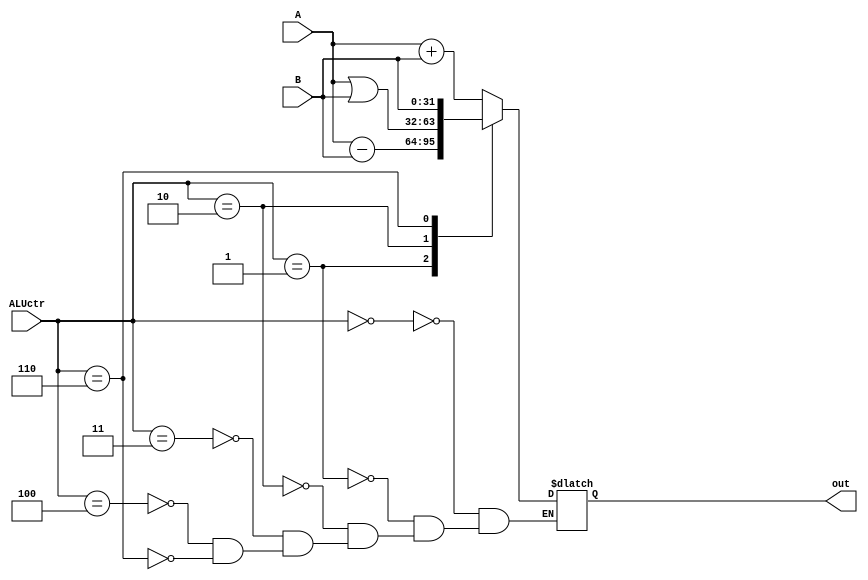
module ALU(input [31:0]A,input [31:0]B,input[2:0] ALUctr,output reg [31:0]out);
parameter ADDU =3'b000;
parameter SUBU =3'b001;
parameter ORI =3'b010;
parameter LOAD =3'b011;
parameter STORE =3'b100;
parameter BEQ =3'b101;
parameter LUI =3'b110;

always@(*)
begin
case(ALUctr)
	ADDU:out=A+B;
	SUBU:out=A-B;
	ORI:out=A|B;
	LOAD:out=A+B;
	STORE:out=A+B;
	//BEQ: if(A-B==0)zero=1;
	LUI:out=B;
endcase
end

endmodule